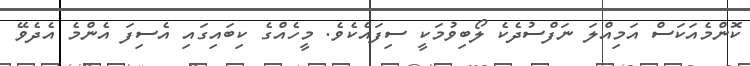
ކޮންމެއަކަސް އަމިއްލަ ނަފްސުދެކެ ލޯބިވުމަކީ ސިފައެކެވެ. މީހެއްގެ ކިބައިގައި އެސިފަ އެންމެ އެދެވޭ